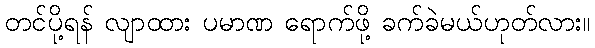
တင်ပို့ရန် လျာထား ပမာဏ ရောက်ဖို့ ခက်ခဲမယ်ဟုတ်လား။